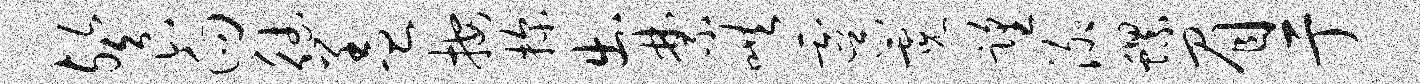
餐向德盖按探出禁哄虞霓望泖螺眉亍